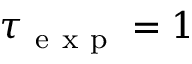
\tau _ { \mathrm { ~ e ~ x ~ p ~ } } = 1